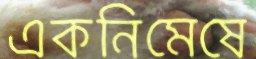
একনিমেষে